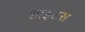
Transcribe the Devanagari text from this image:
हाइटस